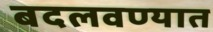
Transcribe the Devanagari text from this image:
बदलवण्यात